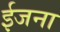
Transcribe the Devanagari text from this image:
ईजना